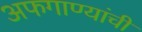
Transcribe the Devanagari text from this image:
अफगाण्यांची